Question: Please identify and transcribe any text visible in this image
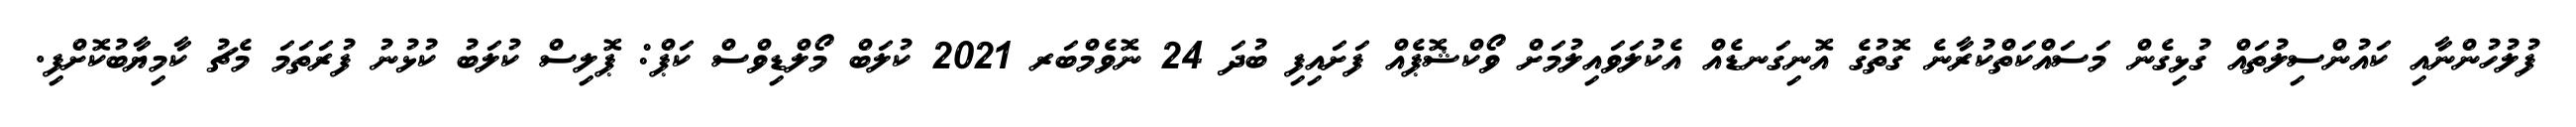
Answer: ފުލުހުންނާއި ކައުންސިލުތައް ގުޅިގެން މަސައްކަތްކުރާނެ ގޮތުގެ އޮނިގަނޑެއް އެކުލަވައިލުމަށް ވޯކްޝޮޕެއް ފަށައިފި ބުދަ 24 ނޮވެމްބަރ 2021 ކުލަބް މޯލްޑިވްސް ކަޕް: ޕޮލިސް ކުލަބު ކުޅުނު ފުރަތަމަ މެޗު ކާމިޔާބުކޮށްފި.